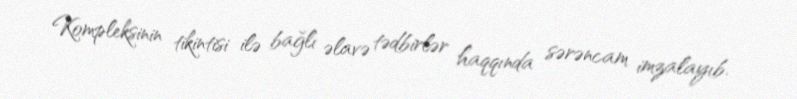
Kompleksinin tikintisi ilə bağlı əlavə tədbirlər haqqında sərəncam imzalayıb.